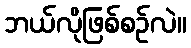
ဘယ်လိုဖြစ်စဉ်လဲ။